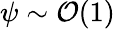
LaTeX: \psi\sim\mathcal{O}(1)